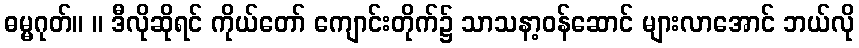
ဓမ္မဂုတ်။ ။ ဒီလိုဆိုရင် ကိုယ်တော် ကျောင်းတိုက်၌ သာသနာ့ဝန်ဆောင် များလာအောင် ဘယ်လို